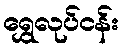
ရွှေလုပ်ငန်း